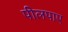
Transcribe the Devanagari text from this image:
पीलपाए